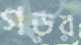
গড়র